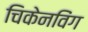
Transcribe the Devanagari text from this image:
चिकेनविंग